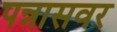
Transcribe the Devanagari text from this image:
पन्नासवर